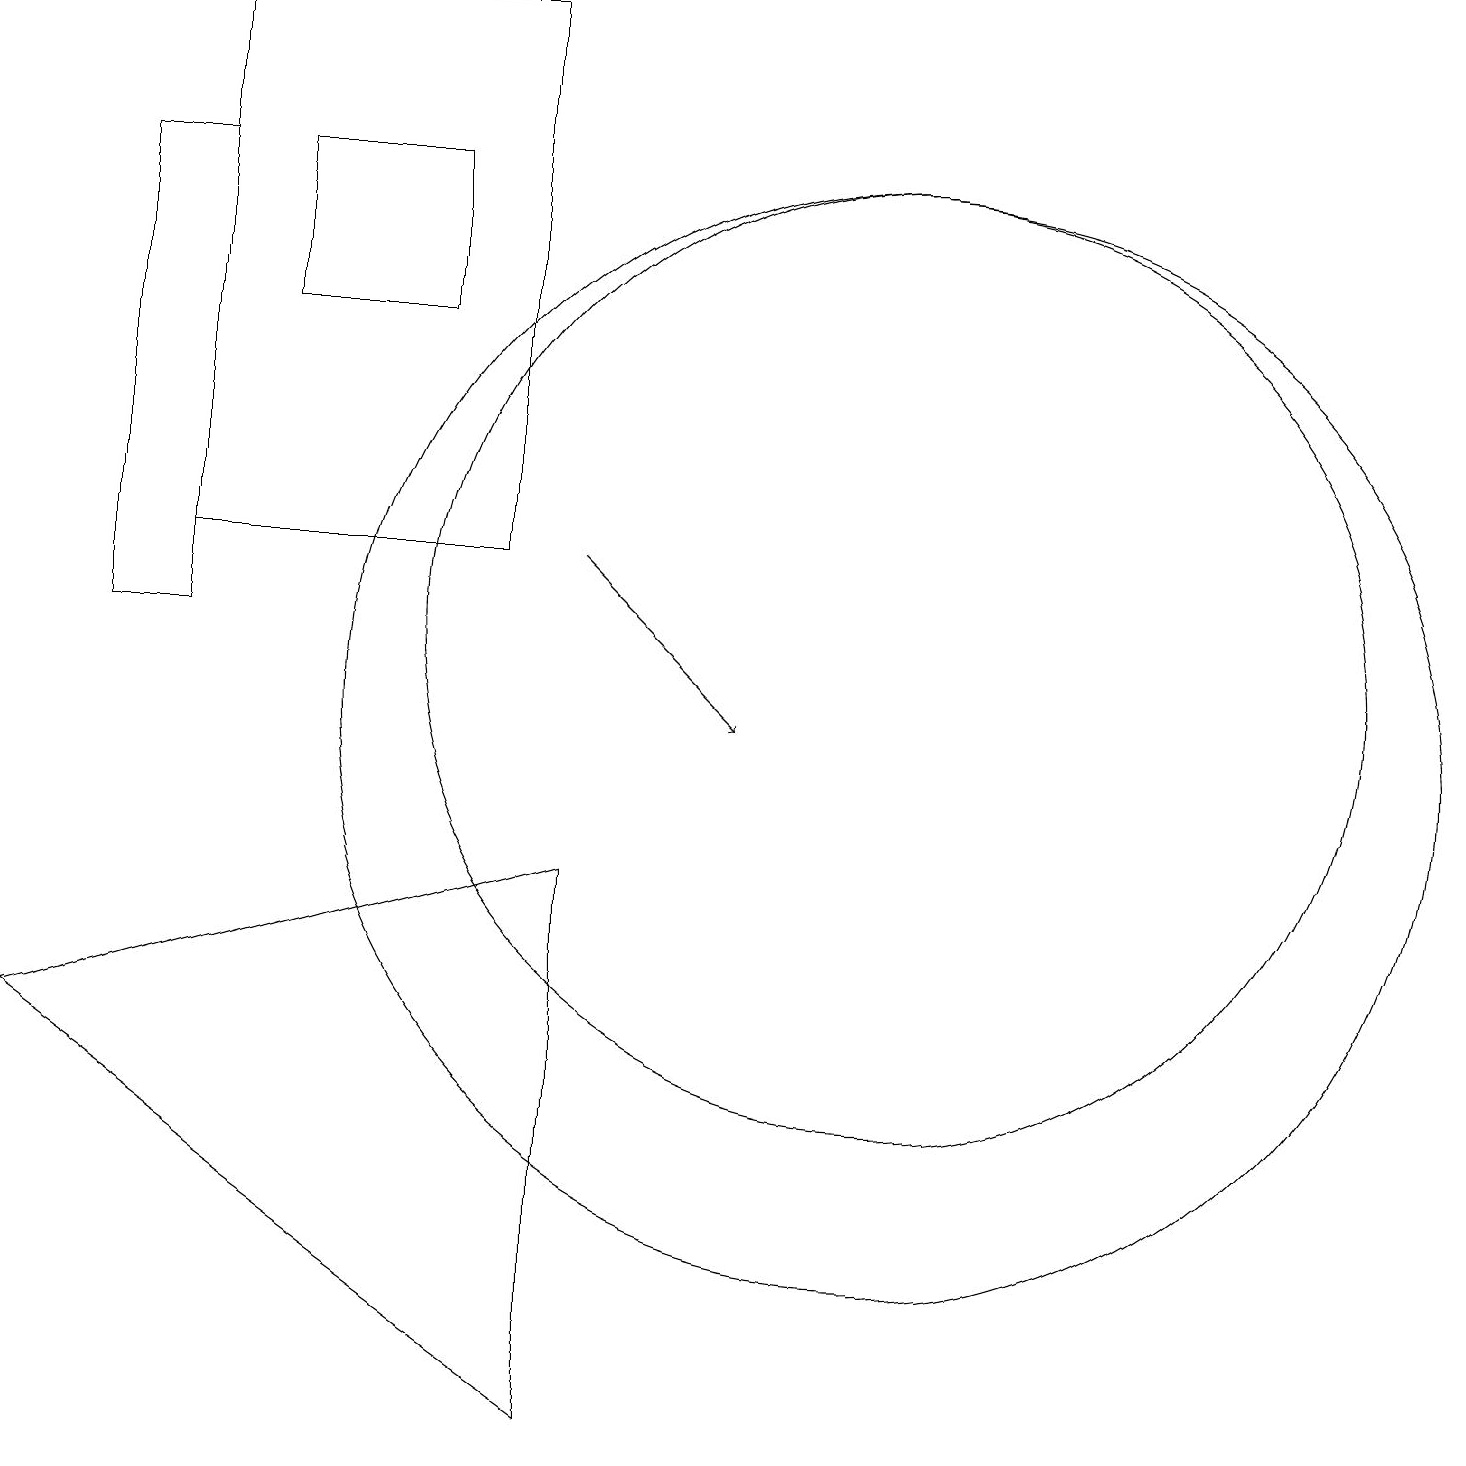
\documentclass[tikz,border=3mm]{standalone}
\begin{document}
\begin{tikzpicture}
\draw (0,6) -- (7,8) -- (7,1) -- cycle;
\draw (6,12) rectangle (2,19);
\draw (11,10) circle (7);
\draw[->] (7,12) -- (9,10);
\draw (11,11) circle (6);
\draw (3,17) rectangle (5,15);
\draw (2,11) rectangle (1,17);
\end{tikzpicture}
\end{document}